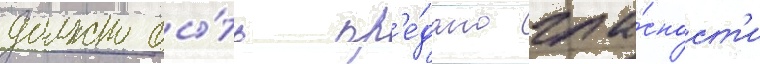
должно бы́ть пр'е́дано гла́сност'и